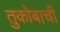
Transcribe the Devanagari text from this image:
तुकोबाची